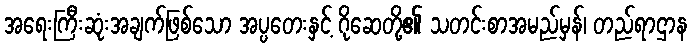
အရေးကြီးဆုံးအချက်ဖြစ်သော အပ္ပတေးနှင့် ဂိုဆေတို့၏ သတင်းစာအမည်မှန်၊ တည်ရာဌာန